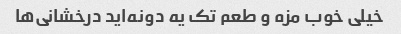
خیلی خوب مزه و طعم تک یه دونه‌اید درخشانی‌ها